255_413270_UFO's_and_Defense_What_Should_we_Prepare_For
Agency: NASA
Page 79
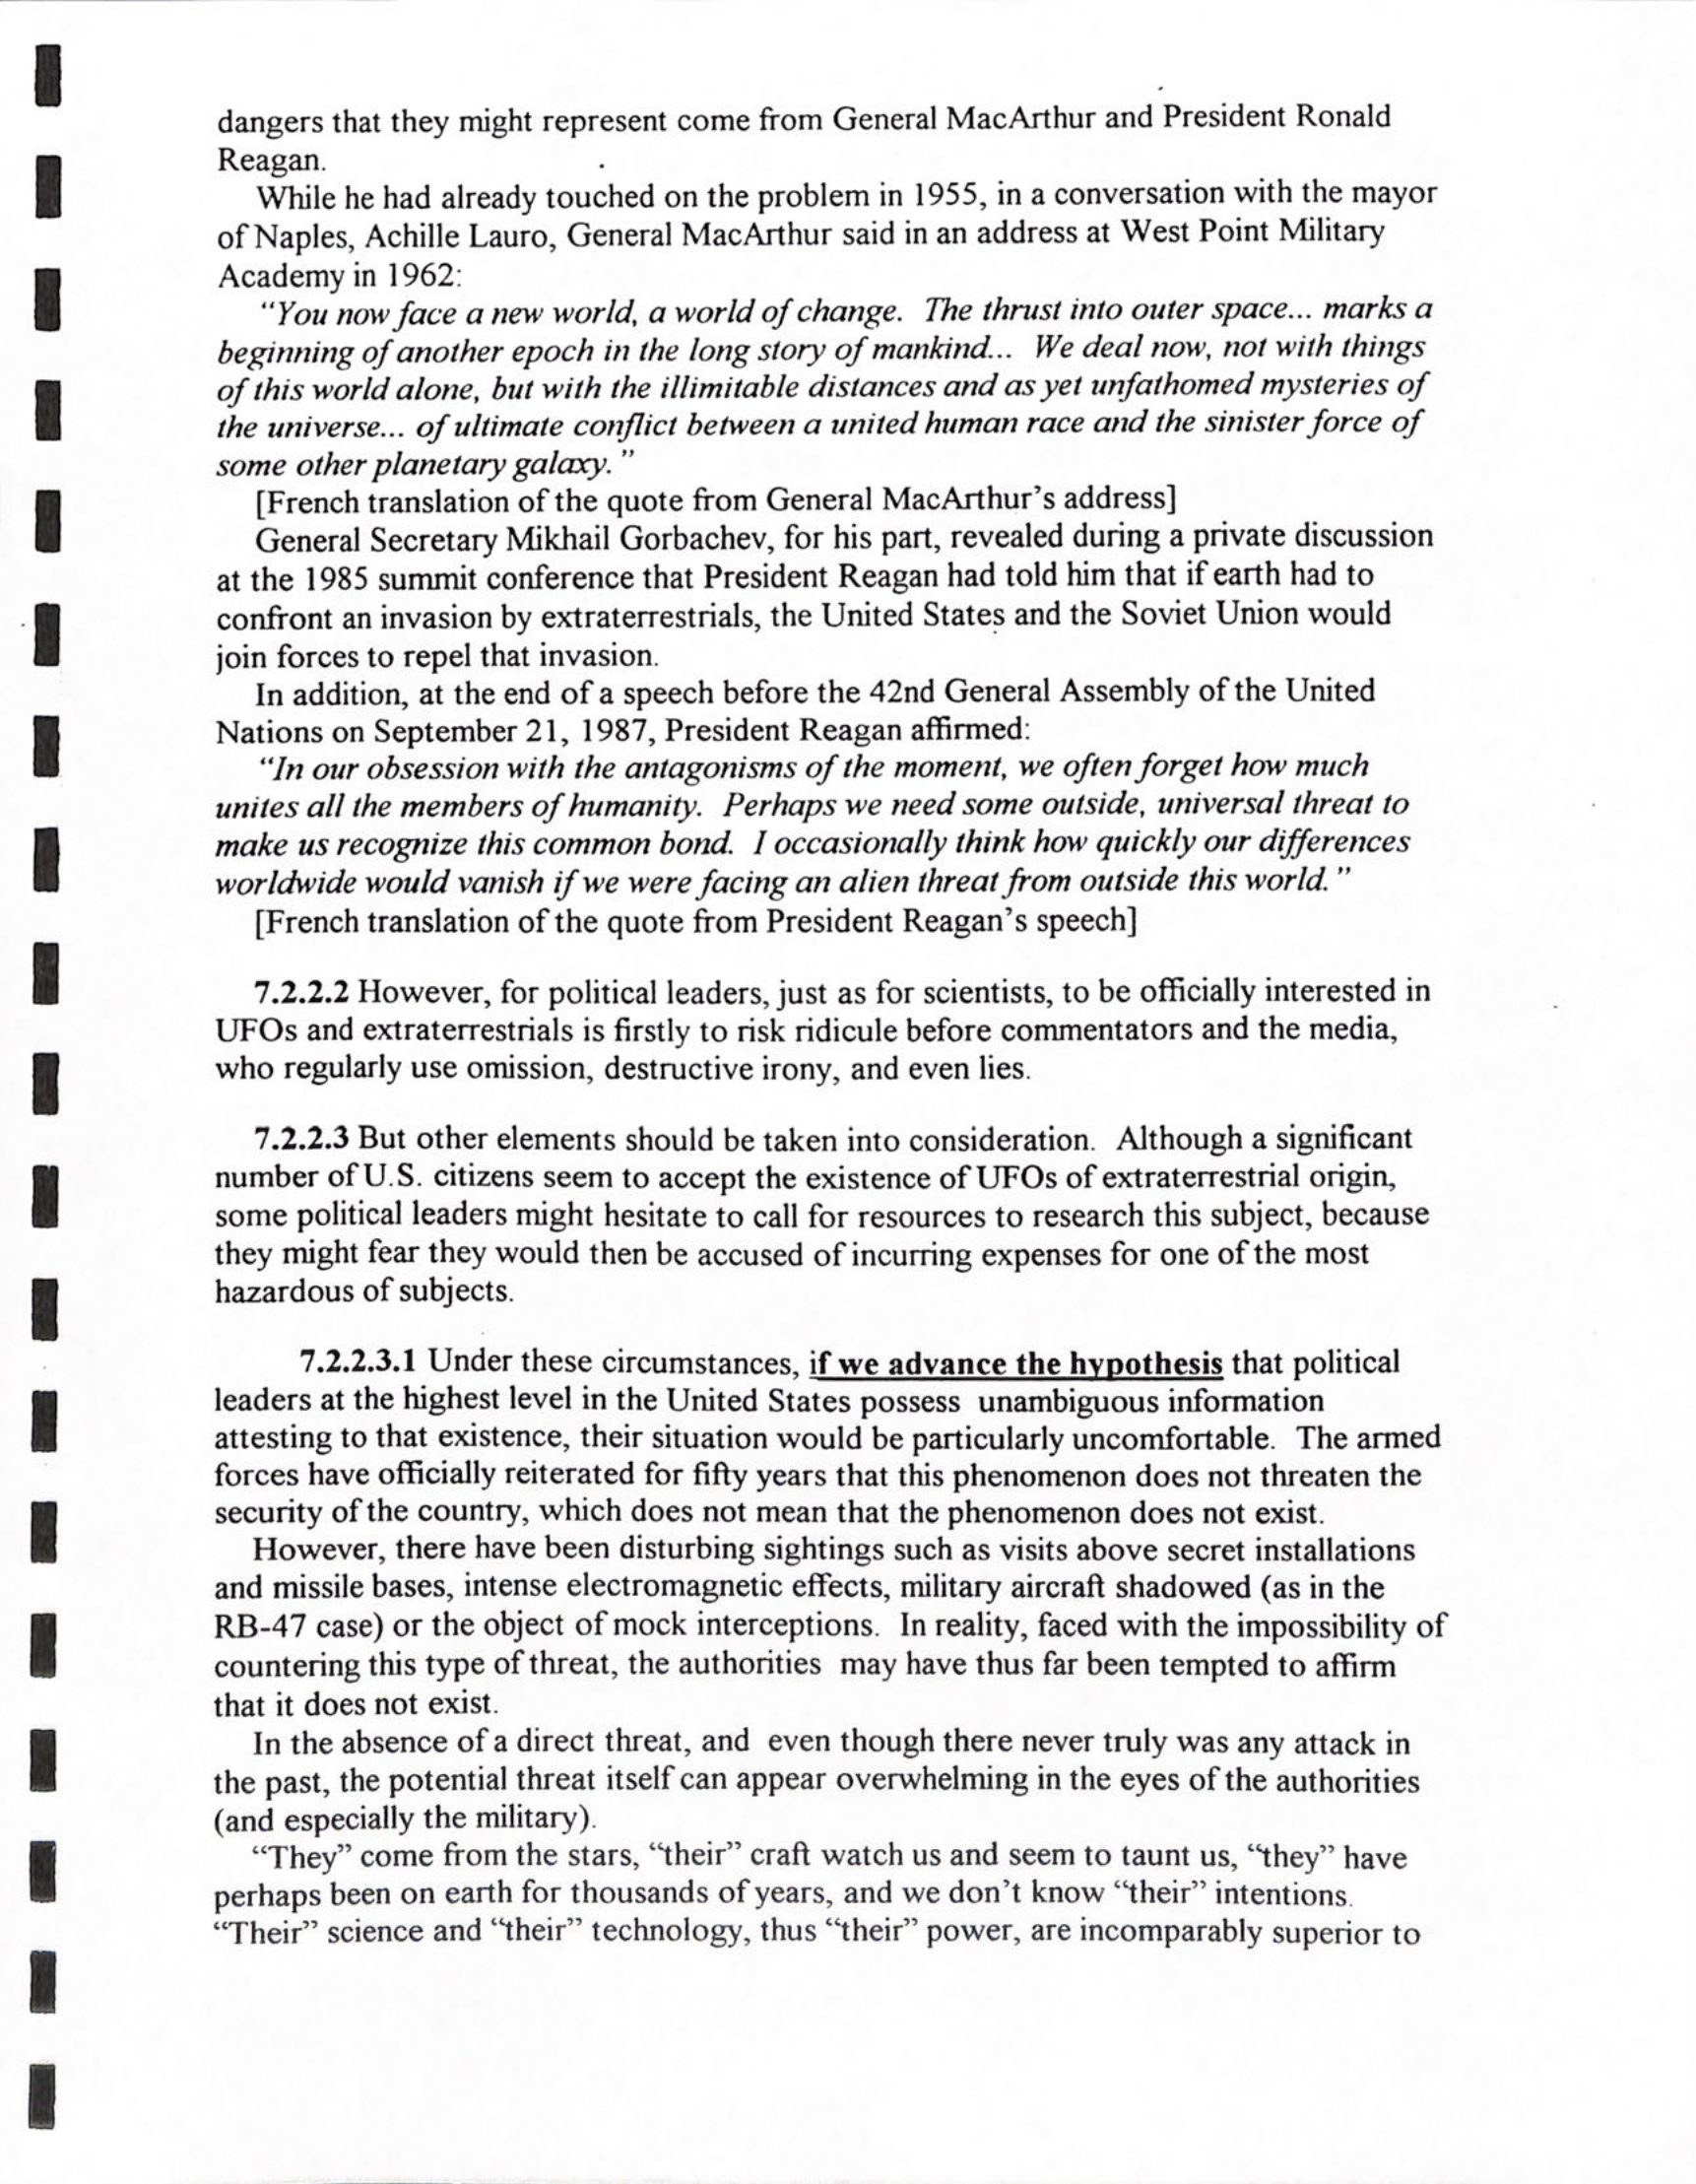